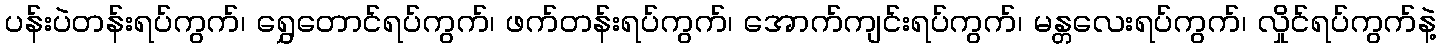
ပန်းပဲတန်းရပ်ကွက်၊ ရွှေတောင်ရပ်ကွက်၊ ဖက်တန်းရပ်ကွက်၊ အောက်ကျင်းရပ်ကွက်၊ မန္တလေးရပ်ကွက်၊ လှိုင်ရပ်ကွက်နဲ့